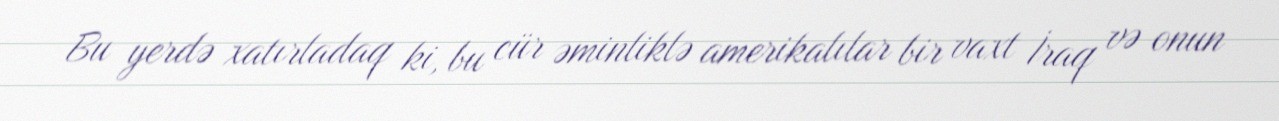
Bu yerdə xatırladaq ki, bu cür əminliklə amerikalılar bir vaxt İraq və onun